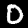
Digit: 0